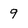
Character: 9